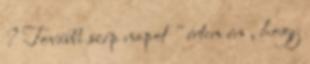
? További szép napot " értem én , hogy